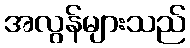
အလွန်များသည်